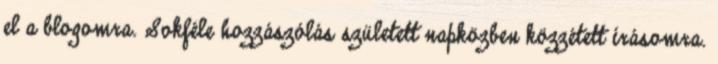
el a blogomra. Sokféle hozzászólás született napközben közzétett írásomra.